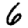
Digit: 6